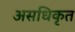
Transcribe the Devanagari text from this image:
असधिकृत